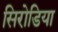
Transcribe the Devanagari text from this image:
सिरोडिया